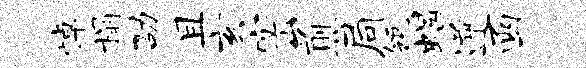
悼榻劭且亥密煎局瓴蝎逆函